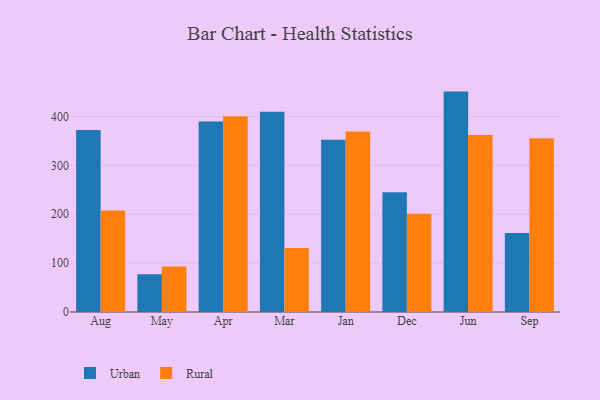
{"axis": {"x": "Month", "y": "Website Visitors"}, "legend": ["Rural", "Urban"], "data": [{"x": "Aug", "y": 372.4, "type": "Urban"}, {"x": "Aug", "y": 207.8, "type": "Rural"}, {"x": "May", "y": 77.3, "type": "Urban"}, {"x": "May", "y": 92.9, "type": "Rural"}, {"x": "Apr", "y": 389.9, "type": "Urban"}, {"x": "Apr", "y": 400.5, "type": "Rural"}, {"x": "Mar", "y": 409.6, "type": "Urban"}, {"x": "Mar", "y": 130.9, "type": "Rural"}, {"x": "Jan", "y": 352.5, "type": "Urban"}, {"x": "Jan", "y": 369.4, "type": "Rural"}, {"x": "Dec", "y": 244.9, "type": "Urban"}, {"x": "Dec", "y": 201.3, "type": "Rural"}, {"x": "Jun", "y": 451.0, "type": "Urban"}, {"x": "Jun", "y": 362.4, "type": "Rural"}, {"x": "Sep", "y": 161.8, "type": "Urban"}, {"x": "Sep", "y": 355.7, "type": "Rural"}]}